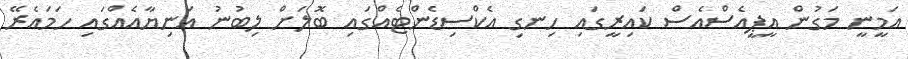
އަމީނީ މަގުން އީޕީއެސްއެސް ކައިރީގައި ހިނގި އެކްސިޑެންޓެއްގައި ބޮލަށް ލިބުނު އަނިޔާއެއްގައި ހަމައެރޭ